Insane asylums in Bengal annual reports 1867-1875 - 1867-1875
Year: 1867
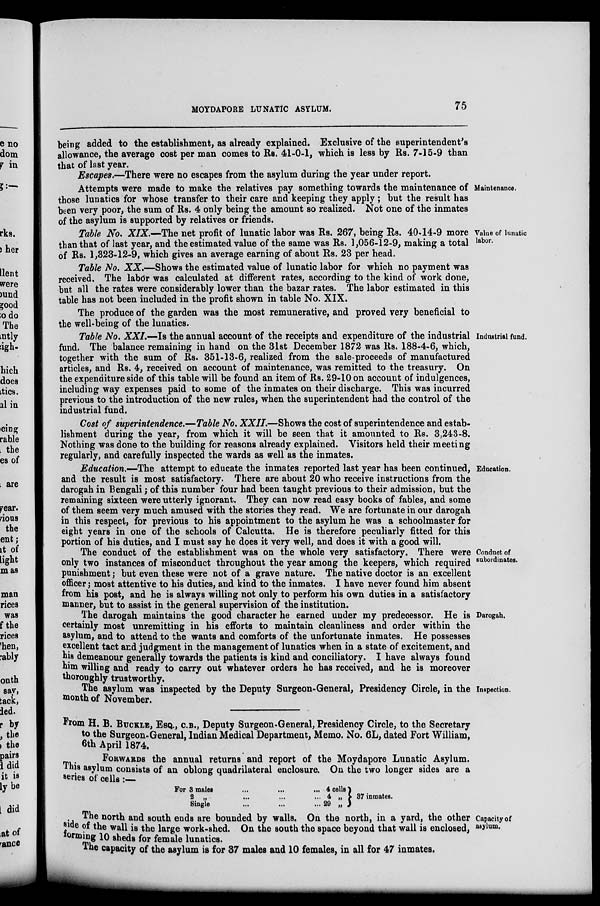
MOYDAPORE LUNATIC ASYLUM. 75
being added to the establishment, as already explained. Exclusive of the superintendent's
allowance, the average cost per man comes to Rs. 41-0-1, which is less by Rs. 7-15-9 than
that of last year.
Escapes.—There were no escapes from the asylum during the year under report.
Maintenance.
Attempts were made to make the relatives pay something towards the maintenance of
those lunatics for whose transfer to their care and keeping they apply ; but the result has
been very poor, the sum of Rs. 4 only being the amount so realized. Not one of the inmates
of the asylum is supported by relatives or friends.
Value of lunatic
labor.
Table No. XIX.—The net profit of lunatic labor was Rs. 267, being Rs. 40-14-9 more
than that of last year, and the estimated value of the same was Rs. 1,056-12-9, making a total
of Rs. 1,323-12-9, which gives an average earning of about Rs. 23 per head.
Table No. XX.—Shows the estimated value of lunatic labor for which no payment was
received. The labor was calculated at different rates, according to the kind of work done,
but all the rates were considerably lower than the bazar rates. The labor estimated in this
table has not been included in the profit shown in table No. XIX.
The produce of the garden was the most remunerative, and proved very beneficial to
the well-being of the lunatics.
Industrial fund.
Table No. XXI.—Is the annual account of the receipts and expenditure of the industrial
fund. The balance remaining in hand on the 31st December 1872 was Rs. 188-4-6, which,
together with the sum of Rs. 351-13-6, realized from the sale-proceeds of manufactured
articles, and Rs. 4, received on account of maintenance, was remitted to the treasury. On
the expenditure side of this table will be found an item of Rs. 29-10 on account of indulgences,
including way expenses paid to some of the inmates on their discharge. This was incurred
previous to the introduction of the new rules, when the superintendent had the control of the
industrial fund.
Cost of superintendence.—Table No. XXII.—Shows the cost of superintendence and estab-
lishment during the year, from which it will be seen that it amounted to Rs. 3,243-8.
Nothing was done to the building for reasons already explained. Visitors held their meeting
regularly, and carefully inspected the wards as well as the inmates.
Education.
Education.—The attempt to educate the inmates reported last year has been continued,
and the result is most satisfactory. There are about 20 who receive instructions from the
darogah in Bengali; of this number four had been taught previous to their admission, but the
remaining sixteen were utterly ignorant. They can now read easy books of fables, and some
of them seem very much amused with the stories they read. We are fortunate in our darogah
in this respect, for previous to his appointment to the asylum he was a schoolmaster for
eight years in one of the schools of Calcutta. He is therefore peculiarly fitted for this
portion of his duties, and I must say he does it very well, and does it with a good will.
Conduct of
subordinates.
The conduct of the establishment was on the whole very satisfactory. There were
only two instances of misconduct throughout the year among the keepers, which required
punishment; but even these were not of a grave nature. The native doctor is an excellent
officer; most attentive to his duties, and kind to the inmates. I have never found him absent
from his post, and he is always willing not only to perform his own duties in a satisfactory
manner, but to assist in the general supervision of the institution.
Darogah.
The darogah maintains the good character he earned under my predecessor. He is
certainly most unremitting in his efforts to maintain cleanliness and order within the
asylum, and to attend to the wants and comforts of the unfortunate inmates. He possesses
excellent tact and judgment in the management of lunatics when in a state of excitement, and
his demeanour generally towards the patients is kind and conciliatory. I have always found
him willing and ready to carry out whatever orders he has received, and he is moreover
thoroughly trustworthy.
Inspection.
The asylum was inspected by the Deputy Surgeon-General, Presidency Circle, in the
month of November.
From H. B. BUCKLE, ESQ., C.B., Deputy Surgeon-General, Presidency Circle, to the Secretary
to the Surgeon-General, Indian Medical Department, Memo. No. 6L, dated Fort William,
6th April 1874.
FORWARDS the annual returns and report of the Moydapore Lunatic Asylum.
This asylum consists of an oblong quadrilateral enclosure. On the two longer sides are a
series of cells:—
For 3 males ... ... ...
2 „ ... ... ...
Single ... ... ...
4 cells
4 „
29 „
37 inmates.
The north and south ends are bounded by walls. On the north, in a yard, the other Capacity of
side of the wall is the large work-shed. On the south the space beyond that wall is enclosed, asylum.
forming 10 sheds for female lunatics.
The capacity of the asylum is for 37 males and 10 females, in all for 47 inmates.